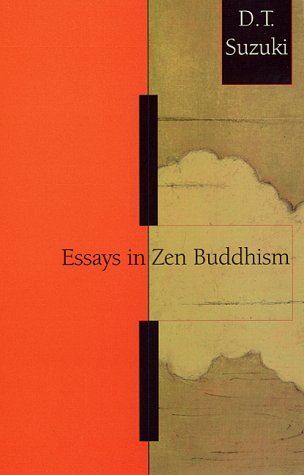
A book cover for Essays in Zen Buddhism, First Series; D.T. Suzuki; Religion & Spirituality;